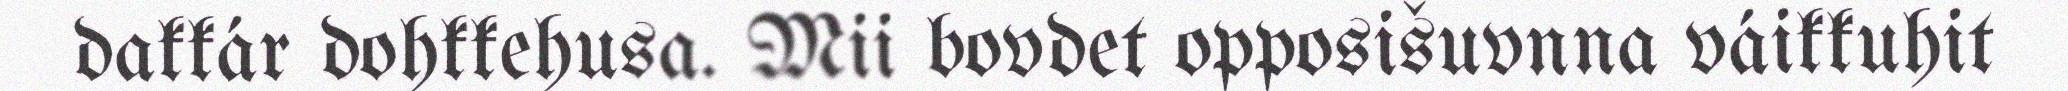
dakkár dohkkehusa. Mii bovdet opposišuvnna váikkuhit